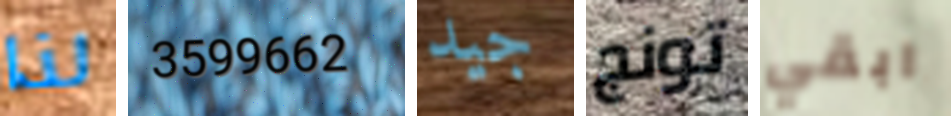
لذا 3599662 جيد تونج ابقي